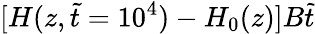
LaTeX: [H(z,\tilde{t}=10^{4})-H_{0}(z)]B\tilde{t}